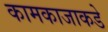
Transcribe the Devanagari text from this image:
कामकाजाकडे